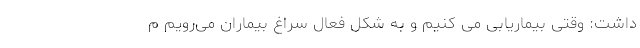
داشت: وقتی بیماریابی می کنیم و به شکل فعال سراغ بیماران می‌رویم م